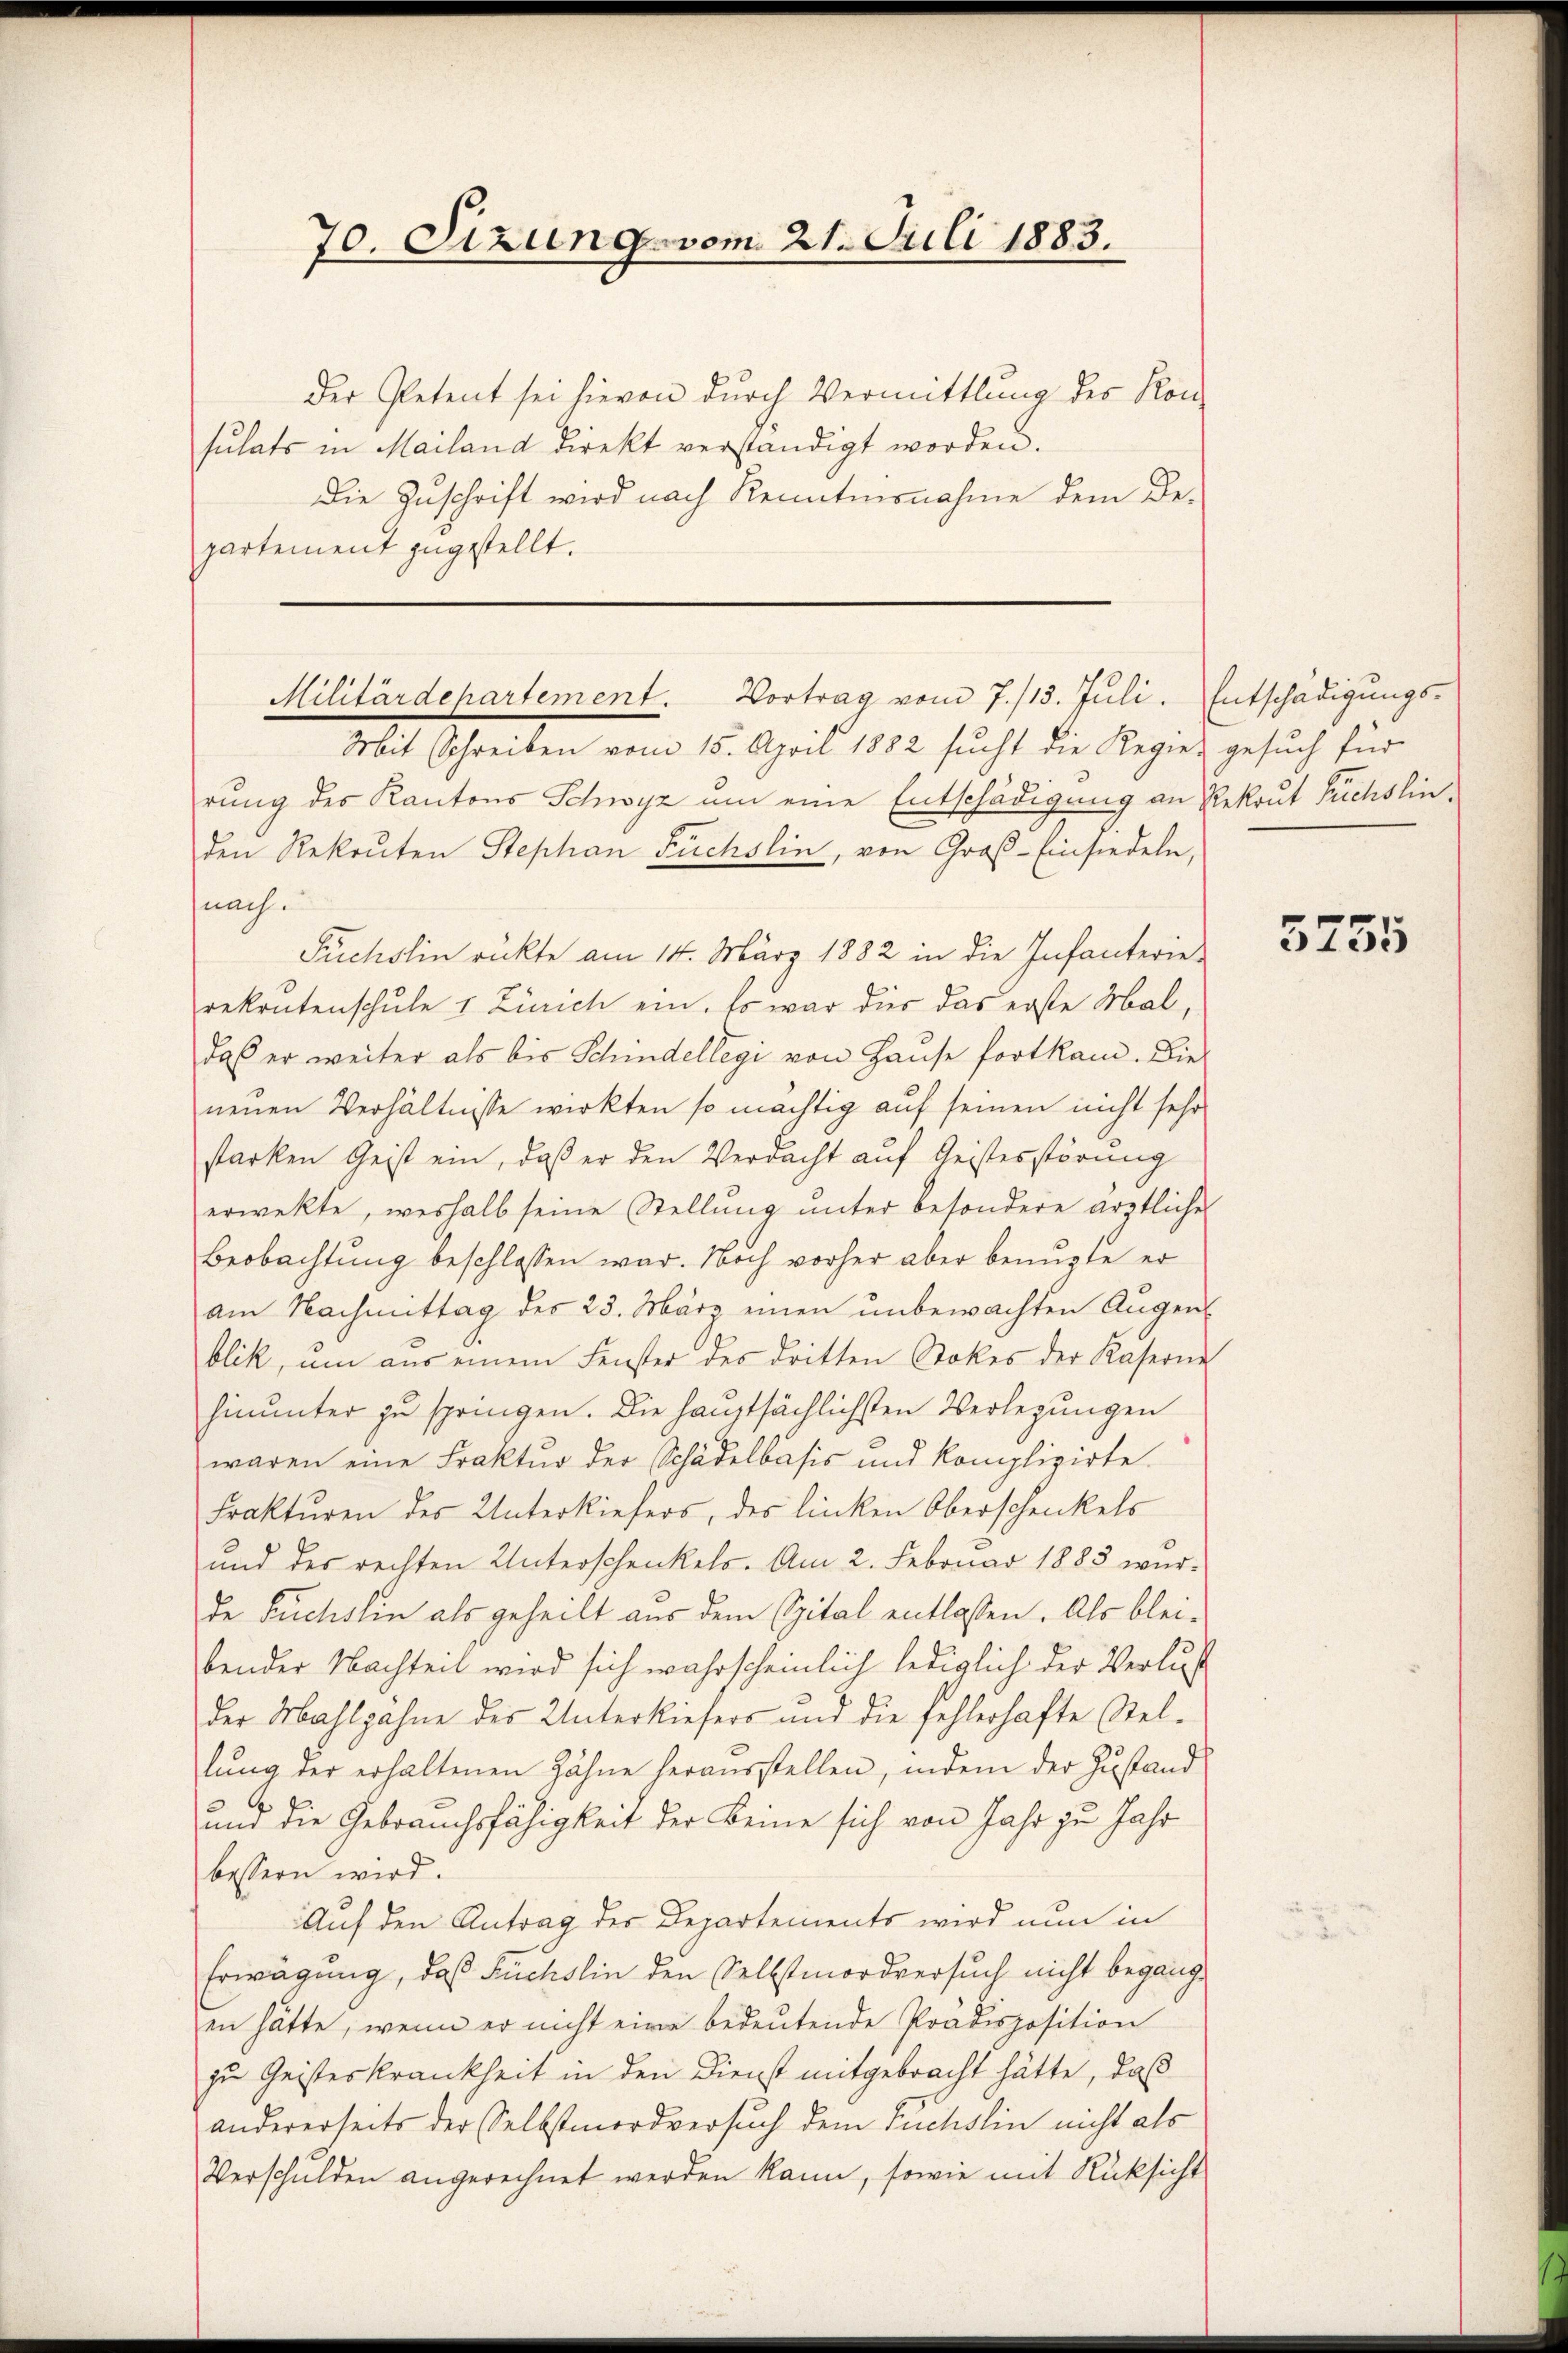
70. Sizung vom 21. Juli 1883.

Der Petent sei hievon durch Vermittlung des Kon-
sulats in Mailand direkt verständigt worden.
Die Zuschrift wird nach Kenntnisnahme dem De-
partement zugestellt.

Militärdepartement. Vortrag vom 7./13. Juli. Entschädigungs-
Mit Schreiben von 15. April 1872 sucht die Regiers gesuch für

rung des Kantons Schwyz um eine Entschädigung an Rekrut Füchslin-
den Rekruten Stephan Fuchslin, von Groß-Einsiedeln,
nach
Fuchslin rückte am 14. März 1882 in die Infanterie-
rekrutenschule 1 Zürich ein. Es war dies das erste Mal,
daß er weiter als bis Schindellegi von Hause fortkam. Die
neuen Verhältnisse wirkten so mächtig auf seinen nicht sehr
starken Geist ein, daß er den Verdacht auf Geistesstörung
erwekte, weshalb seine Stellung unter besondere ärztlicher
Beobachtung beschlossen war. Noch vorher aber benuzte er
am Nachmittag der 23. März einen unbewachten Augenblik, um aus einem Fenster des dritten Stokes der Kaserne
hinunter zu springen. Die hauptsächlichsten Verlegungen
waren eine Fraktur der Schädelbasis und komplizirte.
Frakturen des Unterkiefers, des linken Oberschenkels
und des rechten Unterschenkels. Am 2. Februar 1885 wurde Fuchslin als geheilt aus dem Spital entlassen. Als bleibender Nachteil wird sich wahrscheinlich lediglich der Verlus
der Mahlgahne des Unterkiefers und die fehlerhafte Stel-
lung der erhaltenen Zähne herausstellen, indem der Zustand
und die Gebrauchsfähigkeit der keine sich von Jahr zu Jahr
bessern wird.
Auf den Antrag der Departements wird nun in
Erwägung, daß Füchslin den Selbstmordversuch nicht begangen hätte, wenn er nicht eine bedeutende Prädisposition
zu Geisteskrankheit in den Dienst mitgebracht hätte, daß
andererseits der Selbstmordversuch dem Tuchslin nicht als
Verschulden angerechnet werden kann, sowie mit Rücksicht

5755